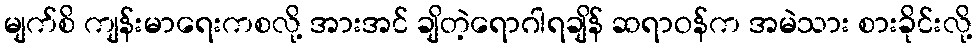
မျက်စိ ကျန်းမာရေးကစလို့ အားအင် ချိတဲ့ရောဂါရချိန် ဆရာဝန်က အမဲသား စားခိုင်းလို့